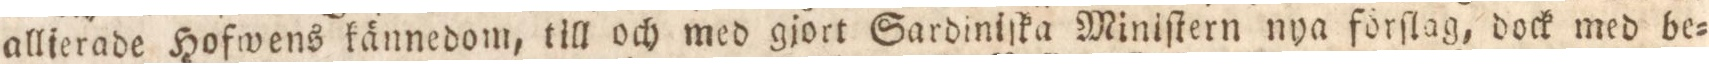
allierade Hofwens kännedom, till och med gjort Sardiniſka Miniſtern nya forſlag, dock med be=